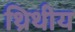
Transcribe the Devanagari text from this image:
थ्रिथीय